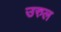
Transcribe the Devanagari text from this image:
उरुल